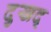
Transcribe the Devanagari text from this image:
दुखद्